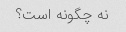
نه چگونه است؟